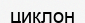
циклон